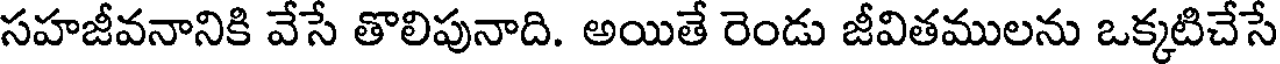
సహజీవనానికి వేసే తొలిపునాది. అయితే రెండు జీవితములను ఒక్కటిచేసే